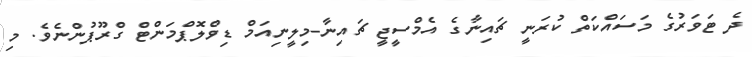
ދެ ޓަވަރުގެ މަސައްކަތް ކުރަނީ ޗައިނާގެ އެމްސީޖީ ޗައިނާ-މިލީނިއަމް ޑިވްލޮޕްމަންޓް ގްރޫޕުންނެވެ. މި